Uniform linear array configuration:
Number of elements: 64
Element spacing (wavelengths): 0.75
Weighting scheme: hann
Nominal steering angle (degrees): -15
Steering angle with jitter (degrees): -14.697
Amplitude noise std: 0.05
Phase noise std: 0.05

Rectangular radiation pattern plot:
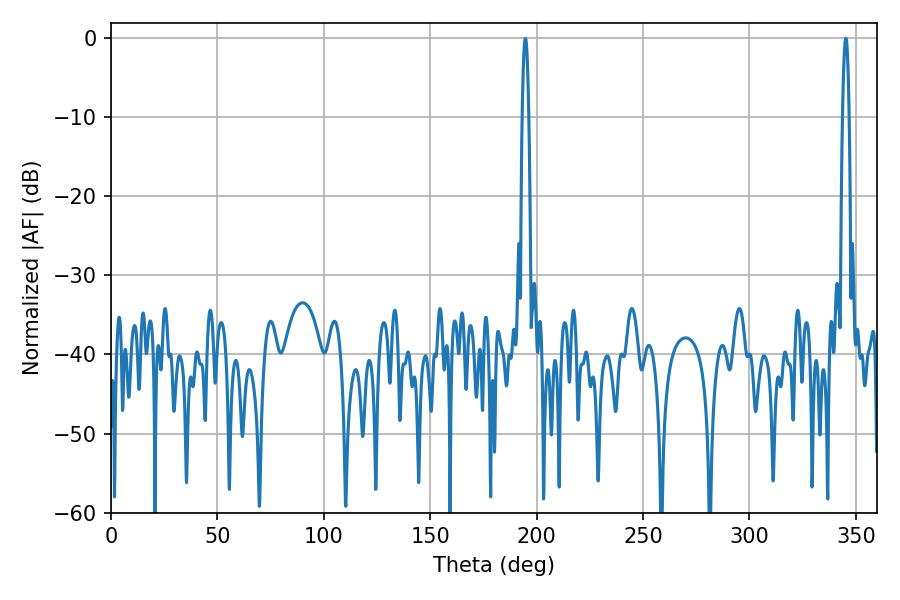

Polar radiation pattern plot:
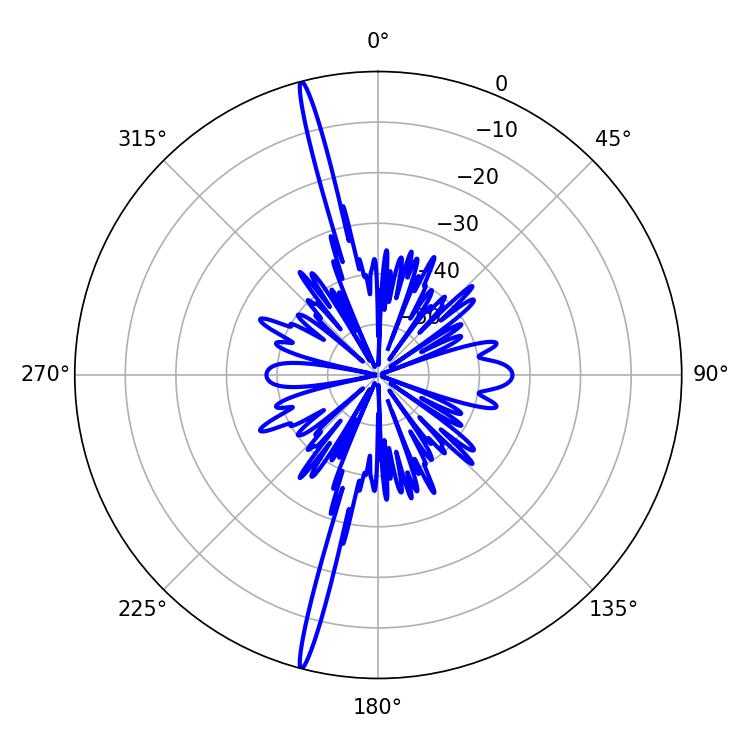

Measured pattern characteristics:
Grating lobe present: TRUE
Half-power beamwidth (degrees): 1.62
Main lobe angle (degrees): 194.76